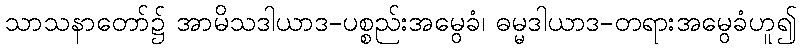
သာသနာတော်၌ အာမိသဒါယာဒ-ပစ္စည်းအမွေခံ၊ ဓမ္မဒါယာဒ-တရားအမွေခံဟူ၍